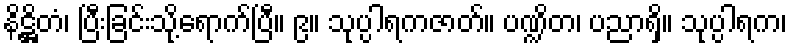
နိဋ္ဌိတံ၊ ပြီးခြင်းသို့ရောက်ပြီ။ ၉။ သုပ္ပါရကဇာတ်။ ပဏ္ဍိတ၊ ပညာရှိ။ သုပ္ပါရက၊